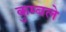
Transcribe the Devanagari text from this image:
कुम्बले